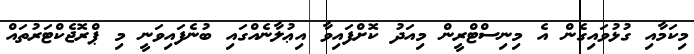
މިކަމާއި ގުޅުވައިގެން އެ މިނިސްޓްރީން މިއަދު ކޮށްފައިވާ އިޢުލާނެއްގައި ބުނެފައިވަނީ މި ޕްރޮޖެކްޓަރުތައް